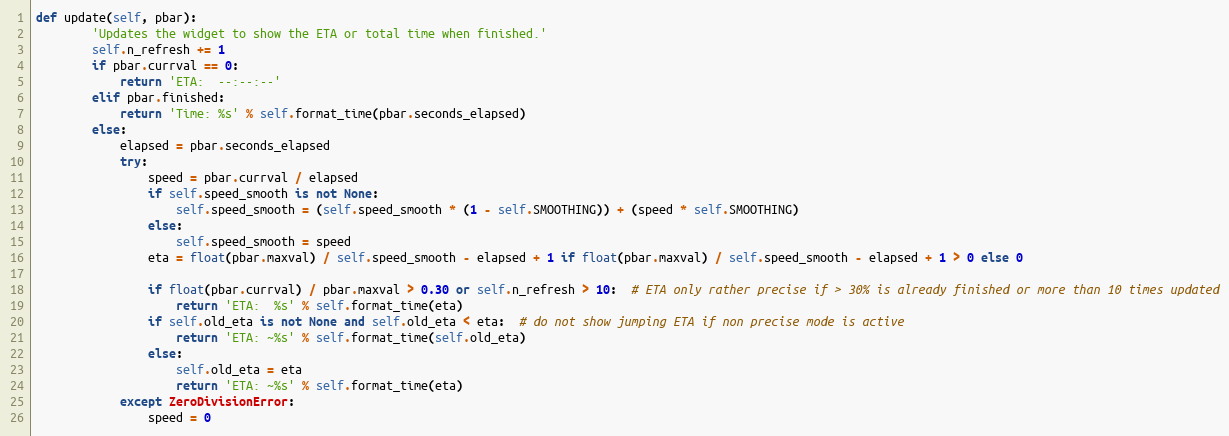
Language: Python
def update(self, pbar):
        'Updates the widget to show the ETA or total time when finished.'
        self.n_refresh += 1
        if pbar.currval == 0:
            return 'ETA:  --:--:--'
        elif pbar.finished:
            return 'Time: %s' % self.format_time(pbar.seconds_elapsed)
        else:
            elapsed = pbar.seconds_elapsed
            try:
                speed = pbar.currval / elapsed
                if self.speed_smooth is not None:
                    self.speed_smooth = (self.speed_smooth * (1 - self.SMOOTHING)) + (speed * self.SMOOTHING)
                else:
                    self.speed_smooth = speed
                eta = float(pbar.maxval) / self.speed_smooth - elapsed + 1 if float(pbar.maxval) / self.speed_smooth - elapsed + 1 > 0 else 0

                if float(pbar.currval) / pbar.maxval > 0.30 or self.n_refresh > 10:  # ETA only rather precise if > 30% is already finished or more than 10 times updated
                    return 'ETA:  %s' % self.format_time(eta)
                if self.old_eta is not None and self.old_eta < eta:  # do not show jumping ETA if non precise mode is active
                    return 'ETA: ~%s' % self.format_time(self.old_eta)
                else:
                    self.old_eta = eta
                    return 'ETA: ~%s' % self.format_time(eta)
            except ZeroDivisionError:
                speed = 0